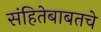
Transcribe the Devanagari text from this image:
संहितेबाबतचे